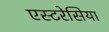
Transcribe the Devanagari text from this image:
एस्टरेसिया